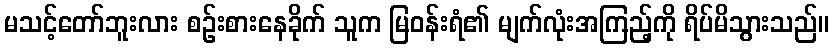
မသင့်တော်ဘူးလား စဉ်းစားနေခိုက် သူက မြဝန်းရံ၏ မျက်လုံးအကြည့်ကို ရိပ်မိသွားသည်။